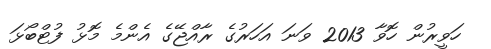
ހަވީރުން ހޮވާ 2013 ވަނަ އަހަރުގެ ރާއްޖޭގެ އެންމެ މޮޅު ފުޓްބޯޅަ